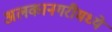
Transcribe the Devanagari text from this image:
अलकानगरीमध्ये